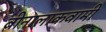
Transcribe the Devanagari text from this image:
बीनालाकवामी